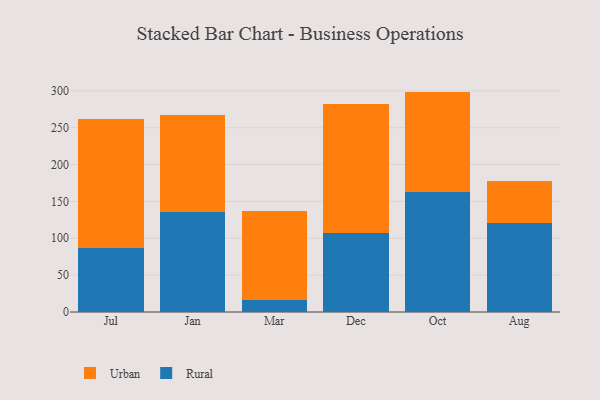
{"axis": {"x": "Month", "y": "Revenue (USD Million)"}, "legend": ["Rural", "Urban"], "data": [{"x": "Jul", "y": 87.2, "type": "Rural"}, {"x": "Jul", "y": 174.9, "type": "Urban"}, {"x": "Jan", "y": 135.1, "type": "Rural"}, {"x": "Jan", "y": 131.6, "type": "Urban"}, {"x": "Mar", "y": 15.7, "type": "Rural"}, {"x": "Mar", "y": 121.1, "type": "Urban"}, {"x": "Dec", "y": 106.9, "type": "Rural"}, {"x": "Dec", "y": 174.9, "type": "Urban"}, {"x": "Oct", "y": 162.9, "type": "Rural"}, {"x": "Oct", "y": 136.0, "type": "Urban"}, {"x": "Aug", "y": 120.4, "type": "Rural"}, {"x": "Aug", "y": 56.6, "type": "Urban"}]}